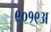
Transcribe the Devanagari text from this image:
९०१९अ